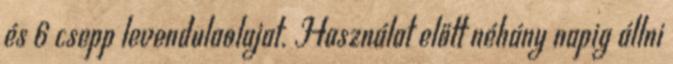
és 6 csepp levendulaolajat. Használat előtt néhány napig állni